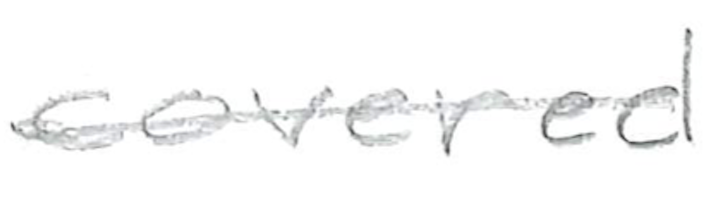
Text: covered
Cross-out: single-line
Writing tool: pencil